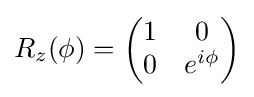
R_{z}(\phi )={\begin{pmatrix}1&0\\0&e^{i\phi }\end{pmatrix}}